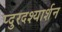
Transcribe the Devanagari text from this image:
प्दुरदश्यार्शन